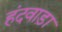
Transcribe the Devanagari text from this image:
हंदवाड़ा